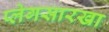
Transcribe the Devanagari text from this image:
प्लेगसारखा